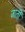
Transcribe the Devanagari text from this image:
जातीँ